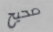
صحيح